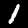
Label: 1